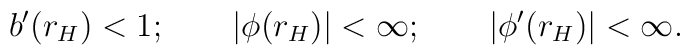
b'(r_H) <1; \qquad |\phi(r_H)| < \infty; \qquad |\phi'(r_H)| < \infty.